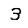
Digit: 3